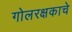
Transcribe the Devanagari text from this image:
गोलरक्षकाचे